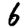
Digit: 6